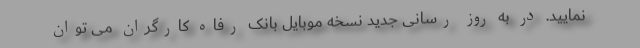
نمایید. در به روز رسانی جدید نسخه موبایل بانک رفاه کارگران می توان